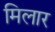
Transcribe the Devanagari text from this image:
मिलार